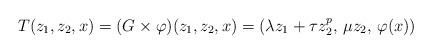
LaTeX: \begin{align*}T (z_{1},z_{2},x) = (G \times \varphi)(z_{1},z_{2},x) = (\lambda z_{1} + \tau z_{2}^{p},\, \mu z_{2},\, \varphi(x))\end{align*}